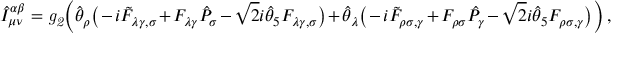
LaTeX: \hat { \cal I } _ { \mu \nu } ^ { \alpha \beta } = { \it g _ { 2 } } \bigg ( \hat { \theta } _ { \rho } \big ( - i \tilde { F } _ { \lambda \gamma , \sigma } + F _ { \lambda \gamma } \hat { P } _ { \sigma } - { \sqrt 2 } i \hat { \theta } _ { 5 } F _ { \lambda \gamma , \sigma } \big ) + \hat { \theta } _ { \lambda } \big ( - i \tilde { F } _ { \rho \sigma , \gamma } + F _ { \rho \sigma } \hat { P } _ { \gamma } - { \sqrt 2 } i \hat { \theta } _ { 5 } F _ { \rho \sigma , \gamma } \big ) \bigg ) \, ,